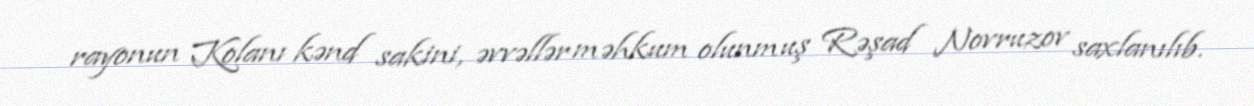
rayonun Kolanı kənd sakini, əvvəllər məhkum olunmuş Rəşad Novruzov saxlanılıb.